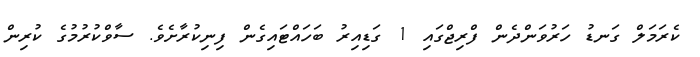
ކެރަމަލް ގަނޑު ހަރުވަންދެން ފްރިޖްގައި 1 ގަޑިއިރު ބަހައްޓައިގެން ފިނިކުރާށެވެ. ސާވްކުރުމުގެ ކުރިން